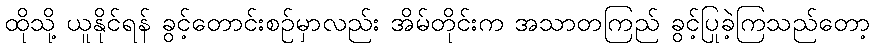
ထိုသို့ ယူနိုင်ရန် ခွင့်တောင်းစဉ်မှာလည်း အိမ်တိုင်းက အသာတကြည် ခွင့်ပြုခဲ့ကြသည်တော့